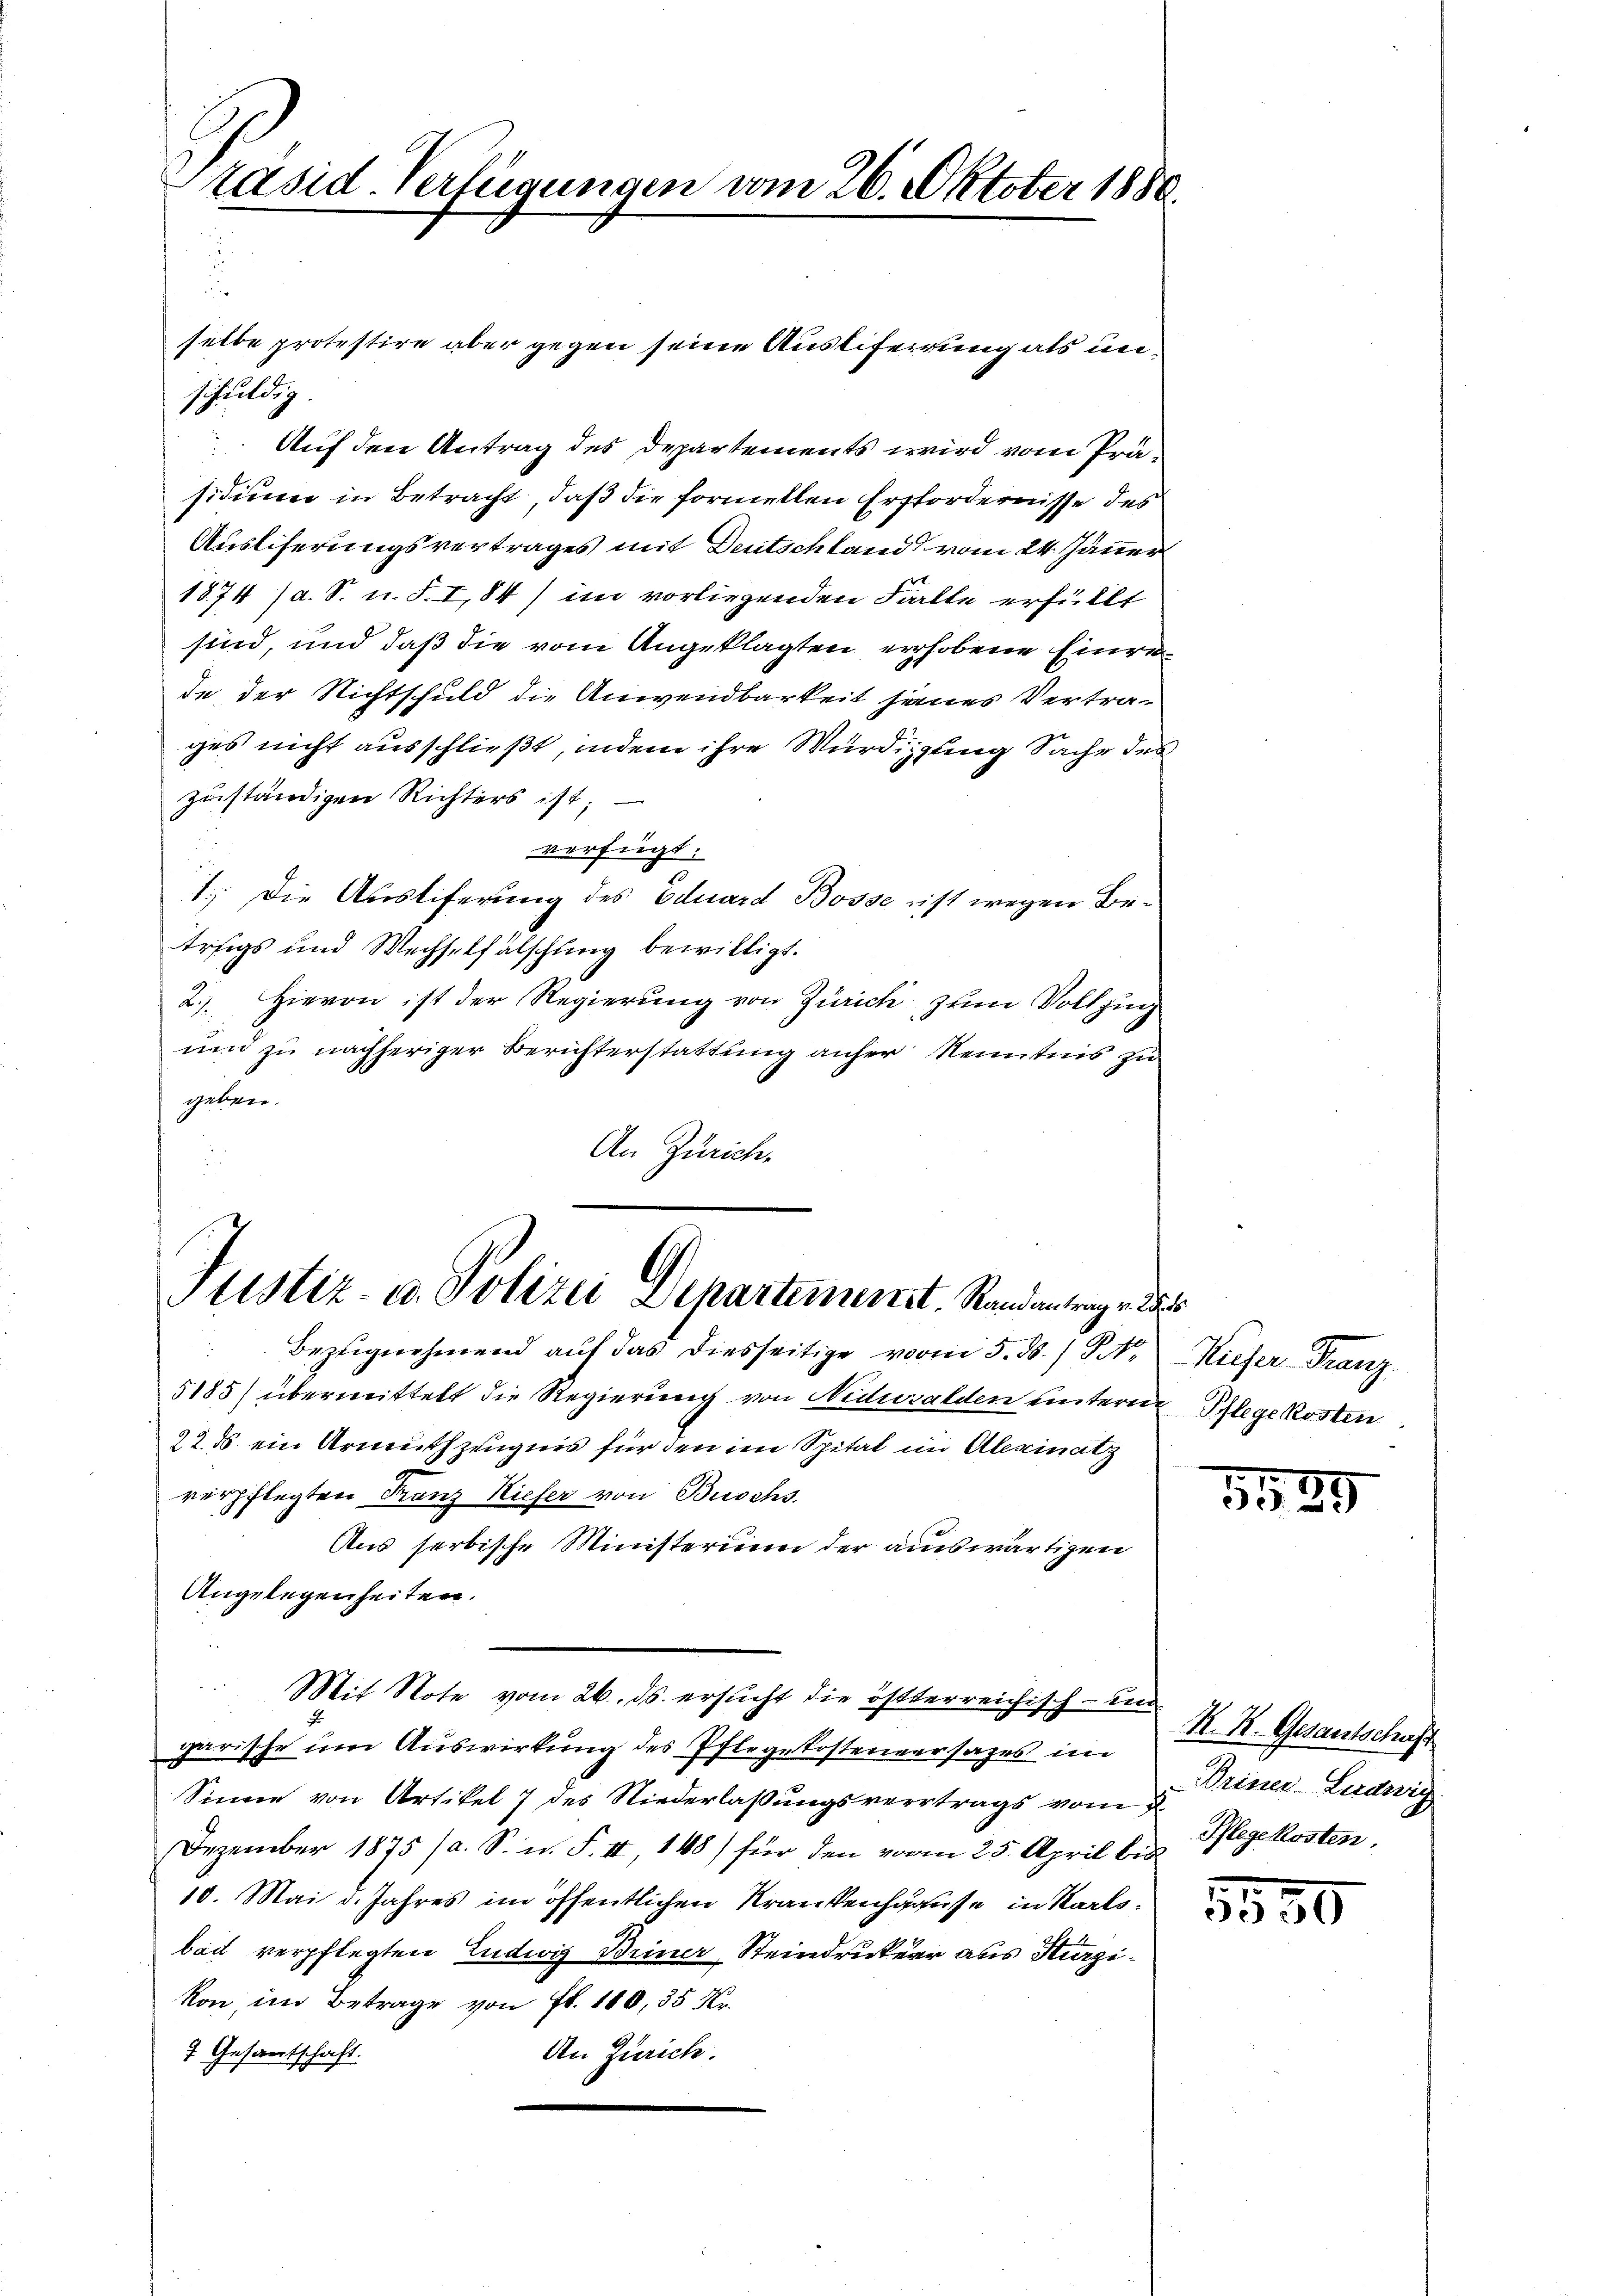
Präsid. Verfügungen vom 26. Oktober 1880.

s
selbe protestire aber gegen seine Austiferung als unschuldig.
Auf den Antrag des Departements wird vom Präsidium in Betracht, daß die formellen Erfordernisse des
Ausliferungsvertrages mit Deutschland vom 24. Jänner
1874 (a. S. u. S. I, 84) im vorliegenden Falle erfüllt
sind, und daß die vom Angeklagten erhobene Einrede der Nichtschuld die Anwendbarkeit seines Vertrages nicht ausschließt, indem ihre Würdigung Sache des
zuständigen Richters ist;
verfügt:
1.) Die Austiferung des Eduard Bosse ist wegen Betriigs und Wechselfälschung bewilligt.
2.) Hievon ist der Regierung von Zürich zum Vollzug
und zu nachheriger Berichterstattung anher Kenntnis zu
geben.
An Zürich.

Justiz- u. Polizei Departement. Standerung, das

Bezeignehmend auf das diesseitige vom 5. ds. / 1
5185) übermittelt die Regierung von Nidwalden unterm Pflege kosten
22. ds. ein Urmuthzeugnis für den im Spital im Alescinatz
verpflegten Franz Kiefer von Buschs.
Aus serbische Ministerium der auswärtigen
Angelegenheiten.
garische um Auswirkung des Pflegekostenversatzes im
Sinne von Artikel 7 des Niederlaßungsvertrags vom
Dezember 1875 (a. S. n. F. II 148) für den vom 25. April bis
10. Mai d. Jahres im öffentlichen Krankenhause in Karlsbait verpflegten Ludwig Briner Steindrucker aus Marzikon, im Betrage von Fr. 180, 35 Fr.
An Zürich.
7. Gesantschaft.

Mit Note vom 26. ds. ersucht die österreichisch- und

Huser Franz.

1589

K. R. Gesantschaft
Driner Ludwig
Pflegekosten.

1550